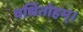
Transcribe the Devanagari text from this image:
वर्धितोहम्।